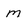
Character: m